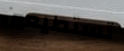
تستطيعين